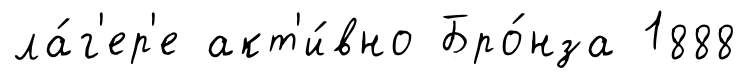
ла́г'ер'е акт'и́вно Бро́нза 1888